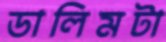
ডালিমটা